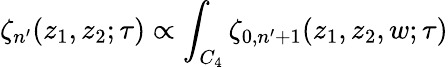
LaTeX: \zeta_{n^{\prime}}(z_{1},z_{2};\tau)\propto\int_{C_{4}}\zeta_{0,n^{\prime}+1}(z_{1},z_{2},w;\tau)